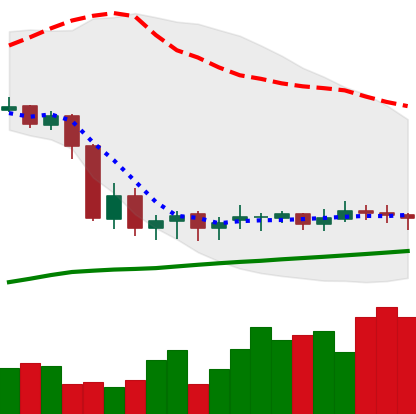
Ticker: DOGE-USD
Chart end date: 2020-09-18
Forward return: -8.702%
Label: down_7plus